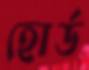
হোর্ড